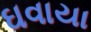
ઘવાયા